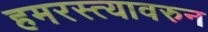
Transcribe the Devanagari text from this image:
हमरस्त्यावरुन